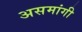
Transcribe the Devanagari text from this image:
असमांगी